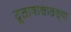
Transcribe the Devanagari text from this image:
दूतावासातल्या